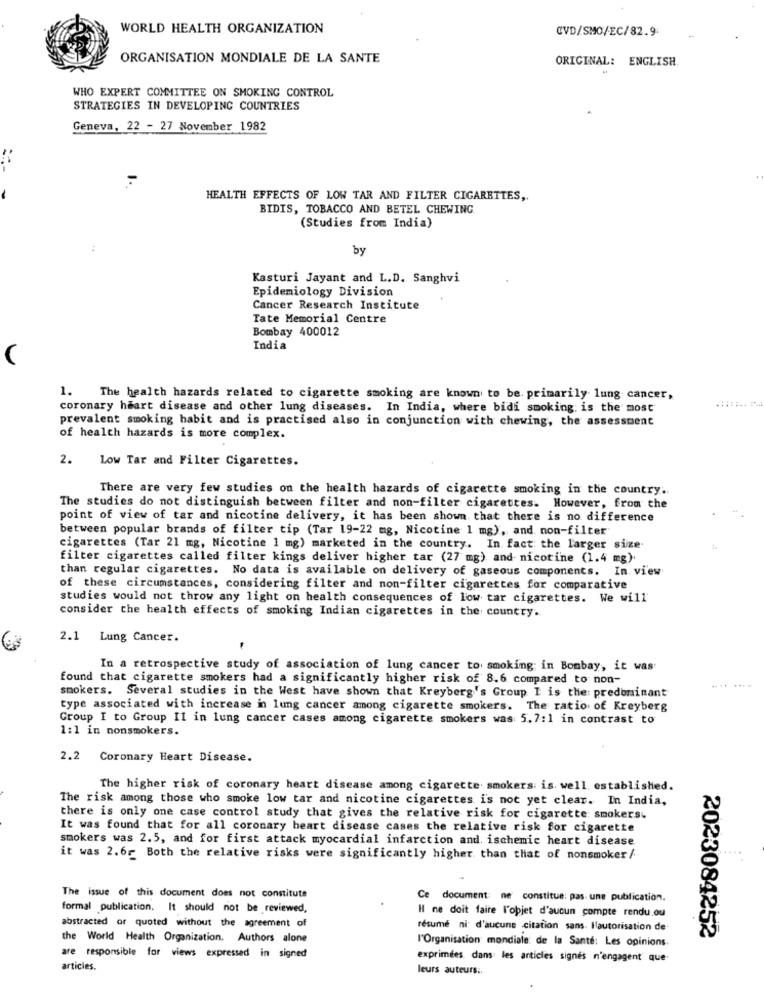
WORLD HEALTH ORGANIZATION
CVD/SMO/EC/82.9:
ORGANISATION MONDIALE DE LA SANTE
ORIGINAL: ENGLISH
WHO EXPERT COMMITTEE ON SMOKING CONTROL
STRATEGIES IN DEVELOPING COUNTRIES
Geneva, 22 - 27 November 1982
HEALTH EFFECTS OF LOW TAR AND FILTER CIGARETTES ,.
BIDIS, TOBACCO AND BETEL CHEWING
(Studies from India)
:
by
Kasturi Jayant and L.D. Sanghvi
Epidemiology Division
Cancer Research Institute
Tate Memorial Centre
Bombay 400012
India
1. The health hazards related to cigarette smoking are known to be. primarily lung cancer,
coronary heart disease and other lung diseases. In India, where bidi smoking; is the most
prevalent smoking habit and is practised also in conjunction with chewing, the assessment
of health hazards is more complex.
2.
Low Tar and Filter Cigarettes.
There are very few studies on the health hazards of cigarette smoking in the country.
The studies do not distinguish between filter and non-filter cigarettes. However, from the
point of view of tar and nicotine delivery, it has been shown that there is no difference
between popular brands of filter tip (Tar 19-22 mg, Nicotine 1 mg), and non-filter
cigarettes (Tar 21 mg, Nicotine 1 mg) marketed in the country. In fact the larger size
filter cigarettes called filter kings deliver higher tar (27 mg) and nicotine (1.4 mg)
than regular cigarettes. No data is available on delivery of gaseous components. In. view
of these circumstances, considering filter and non-filter cigarettes for comparative
studies would not throw any light on health consequences of low tar cigarettes. We will
consider the health effects of smoking Indian cigarettes in the country.
2.1 Lung Cancer.
In a retrospective study of association of lung cancer to smoking: in Bombay, it was
found that cigarette smokers had a significantly higher risk of 8.6 compared to non-
.....
smokers. Several studies in the West have shown that Kreyberg's Group I is the: predominant
type associated with increase in lung cancer among cigarette smokers. The ratio of Kreyberg
Group I to Group II in lung cancer cases among cigarette smokers was 5.7:1 in contrast to
1:1 in nonsmokers.
2.2
Coronary Heart Disease.
The higher risk of coronary heart disease among cigarette smokers is. well established.
The risk among those who smoke low tar and nicotine cigarettes i's not yet clear. In India,
there is only one case control study that gives the relative risk for cigarette smokers.
It was found that for all coronary heart disease cases the relative risk for cigarette
smokers was 2.5, and for first attack myocardial infarction and. ischemic heart disease
it was 2.6. Both the relative risks were significantly higher than that of nonsmoker /
The issue of this document does not constitute
Ce document: ne constitue: pas une publication.
formal publication. It should not be reviewed,
Il ne doit faire l'objet d'aucun compte rendu.ou
abstracted or quoted without the agreement of
résumé ni d'aucune citation sans. l'autorisation de
2023084252
the World Health Organization. Authors alone
l'Organisation mondiale de la Santé: Les opinions.
are responsible for views expressed in signed
exprimées dans les articles signes n'engagent que
articles.
leurs auteurs ..